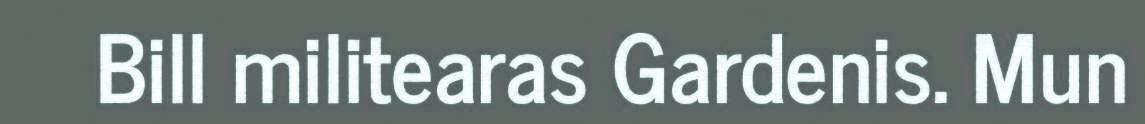
Bill militearas Gardenis. Mun